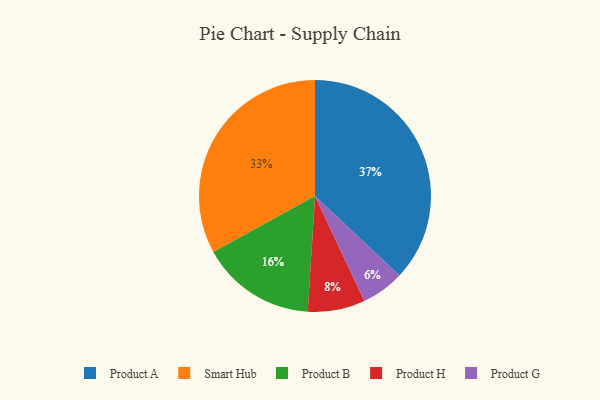
{"axis": {"x": "Category", "y": "Percentage"}, "legend": ["Product A", "Product B", "Product G", "Product H", "Smart Hub"], "data": [{"x": "Product A", "y": 37, "type": "Product A"}, {"x": "Smart Hub", "y": 33, "type": "Smart Hub"}, {"x": "Product H", "y": 8, "type": "Product H"}, {"x": "Product G", "y": 6, "type": "Product G"}, {"x": "Product B", "y": 16, "type": "Product B"}]}